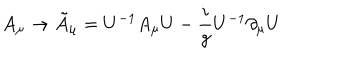
LaTeX: A _ { \mu } \rightarrow \tilde { A } _ { \mu } = U ^ { - 1 } A _ { \mu } U - { \frac { i } { g } } U ^ { - 1 } \partial _ { \mu } U